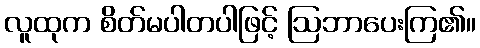
လူထုက စိတ်မပါတပါဖြင့် ဩဘာပေးကြ၏။